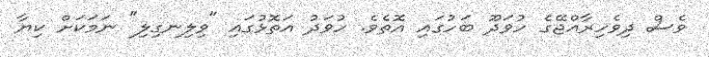
ވެސް ދިވެހިރާއްޖޭގެ ހުވަދޫ ބަހުގައި އޮތެވެ. ހުވަދު އަތޮޅުގައި "ވިލިނގިލި" ނަމަކަށް ކިޔާ